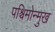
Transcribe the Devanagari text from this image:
पश्चिमोन्मुख